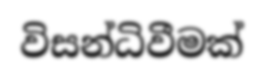
විසන්ධිවීමක්